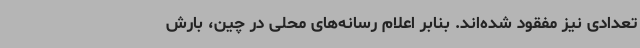
تعدادی نیز مفقود شده‌اند. بنابر اعلام رسانه‌های محلی در چین، بارش